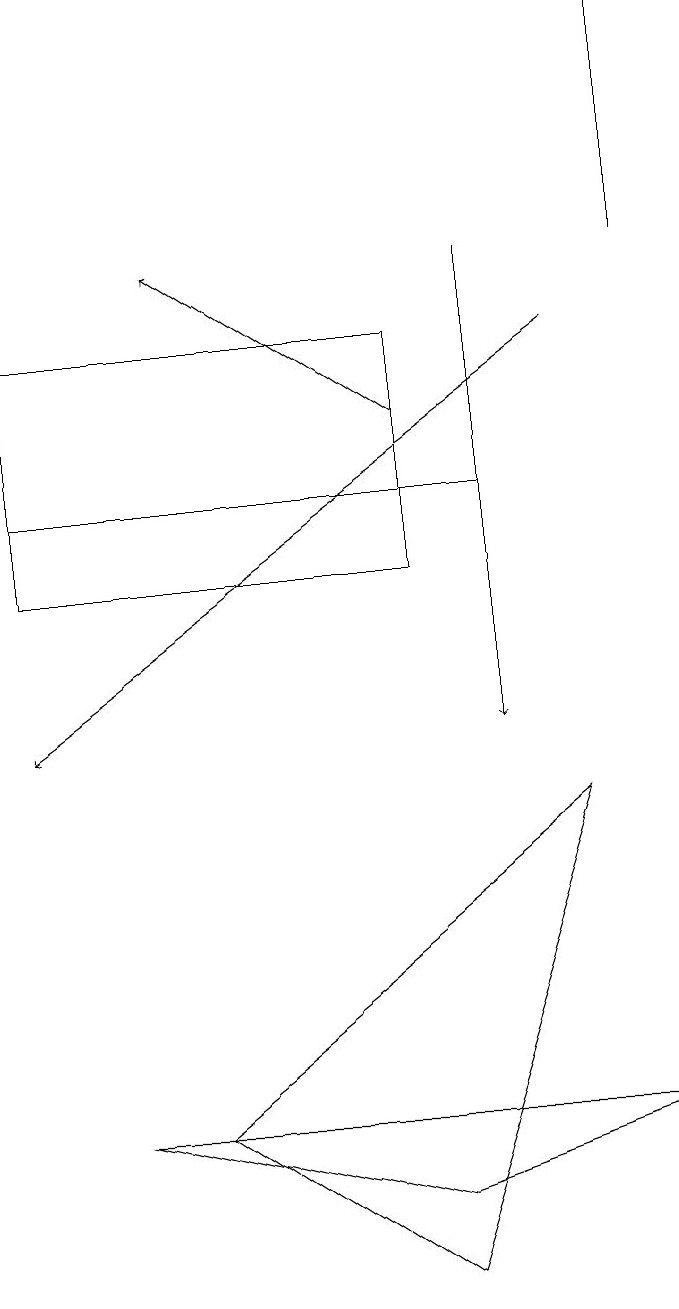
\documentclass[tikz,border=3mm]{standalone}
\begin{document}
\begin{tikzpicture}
\draw[->] (9,16) -- (9,19);
\draw[->] (8,15) -- (1,10);
\draw[->] (7,16) -- (7,10);
\draw[->] (6,14) -- (3,16);
\draw (6,12) rectangle (1,15);
\draw (8,9) -- (3,5) -- (6,3) -- cycle;
\draw (7,13) rectangle (1,13);
\draw (6,4) -- (2,5) -- (9,5) -- cycle;
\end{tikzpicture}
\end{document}